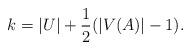
LaTeX: \begin{align*}k=|U|+\frac12(|V(A)|-1).\end{align*}